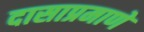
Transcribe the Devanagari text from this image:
दासाप्रमाणे